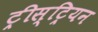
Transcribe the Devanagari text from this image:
ट्रीस्ट्रियन